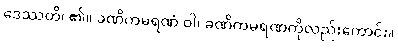
ဒေဿတိ၊ ၏။ ခဏိကမရဏံ ဝါ၊ ခဏိကမရဏကိုလည်းကောင်း။